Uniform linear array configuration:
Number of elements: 8
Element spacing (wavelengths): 0.75
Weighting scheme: exponential
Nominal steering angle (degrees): -45
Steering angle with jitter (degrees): -43.169
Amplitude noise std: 0.05
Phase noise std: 0.05

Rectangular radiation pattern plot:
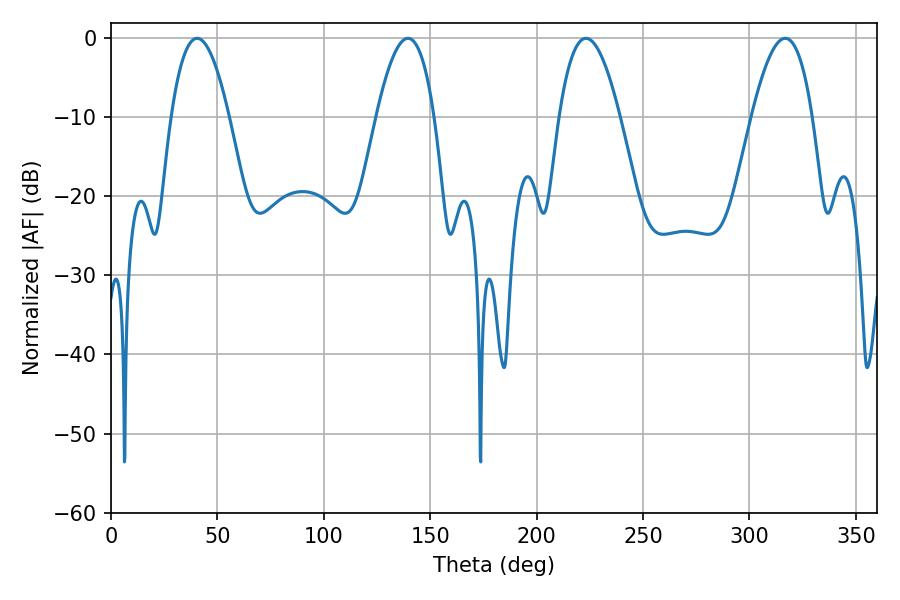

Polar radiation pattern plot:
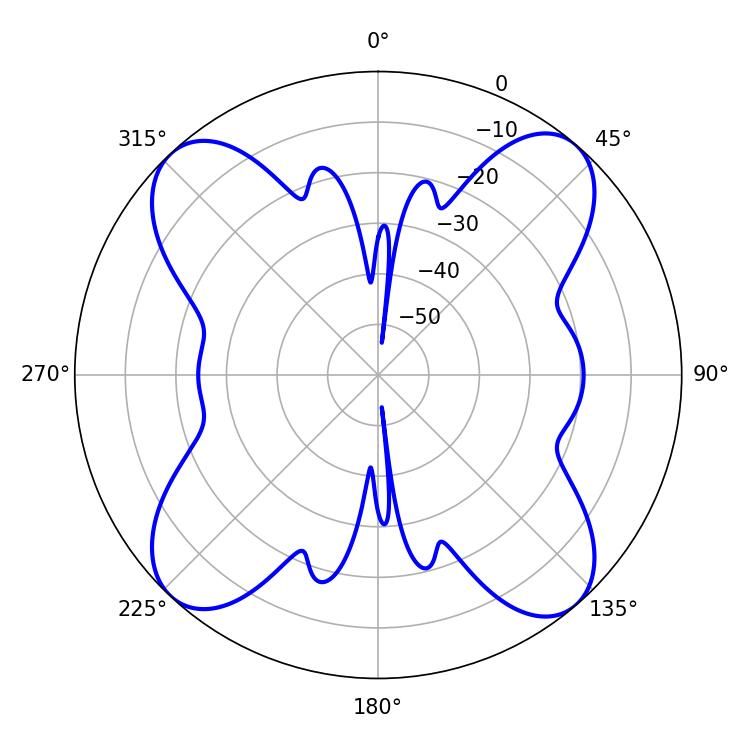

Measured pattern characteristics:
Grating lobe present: TRUE
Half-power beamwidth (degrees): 15.66
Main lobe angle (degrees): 223.2